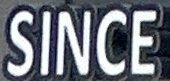
SINCE